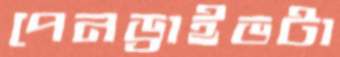
পেনড্রাইভটা